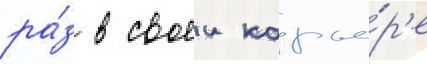
ра́з в своеи карье́р'е